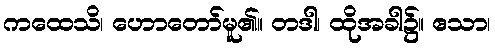
ကထေသိ၊ ဟောတော်မူ၏။ တဒါ၊ ထိုအခါ၌။ ဧသာ၊